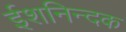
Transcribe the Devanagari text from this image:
ईशनिन्दक